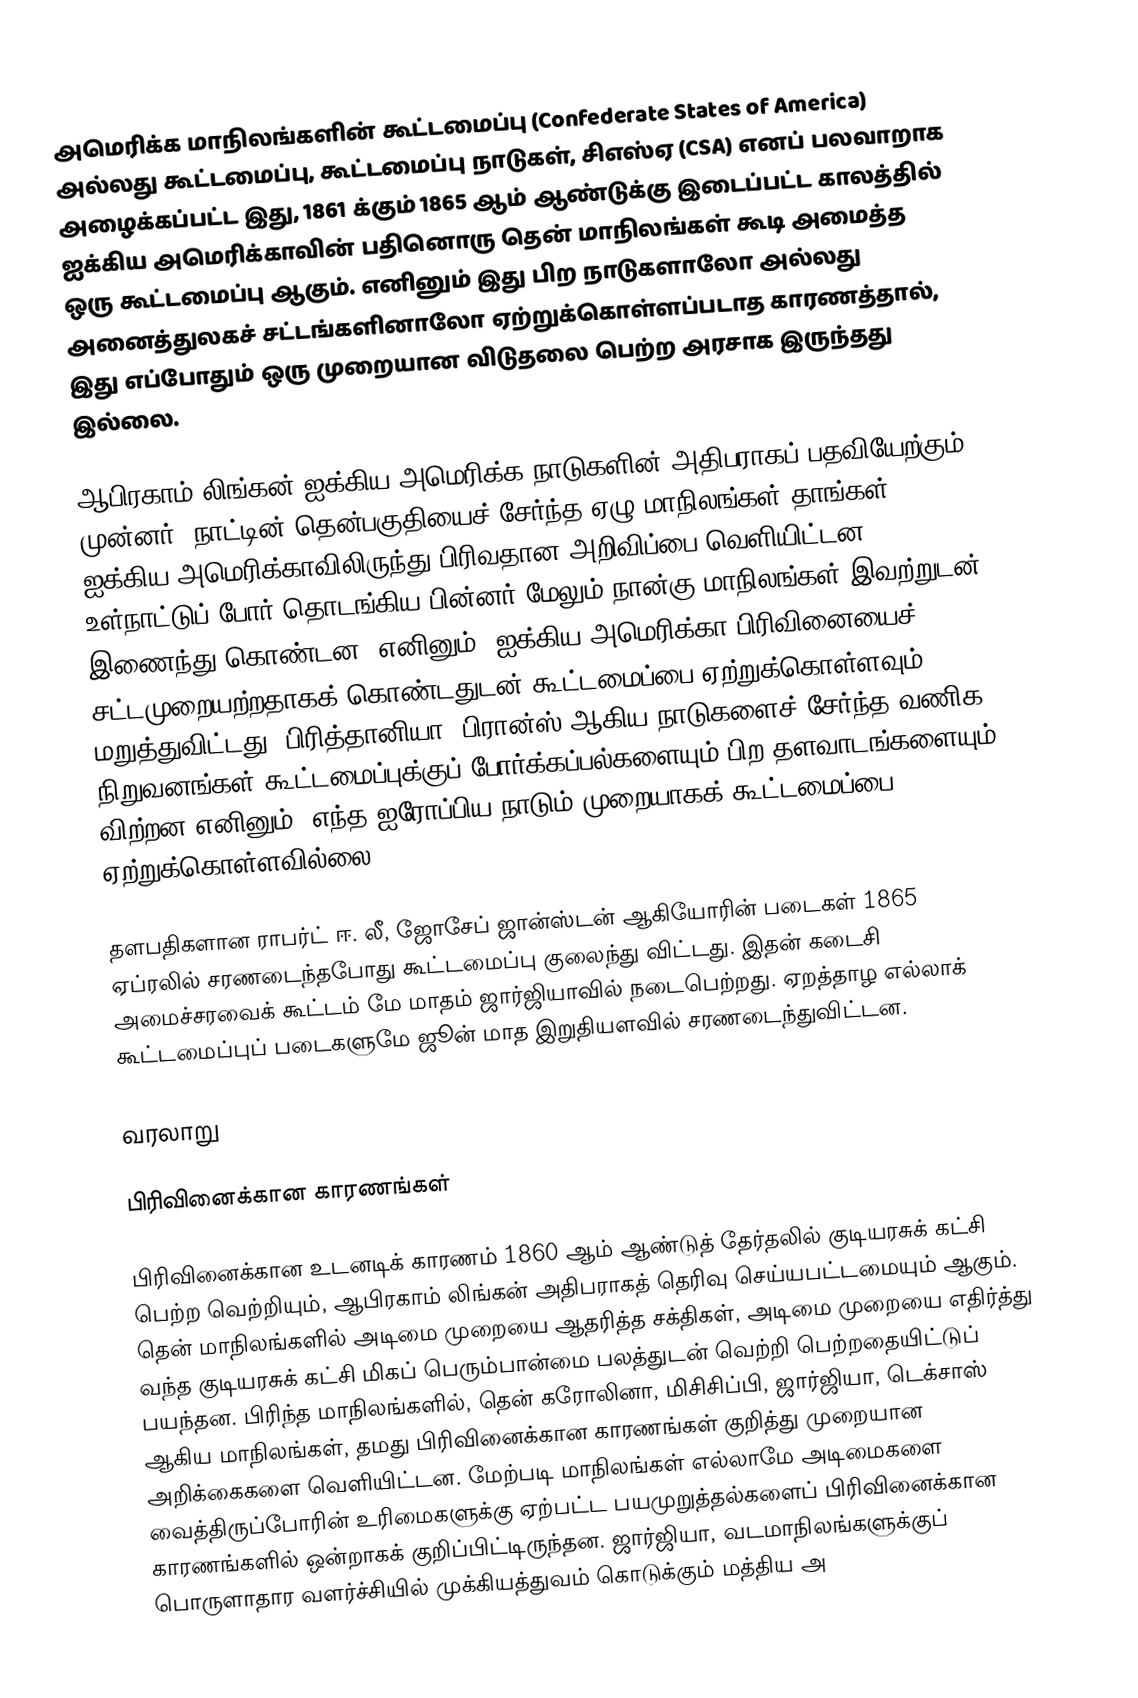
அமெரிக்க மாநிலங்களின் கூட்டமைப்பு (Confederate States of America) அல்லது கூட்டமைப்பு, கூட்டமைப்பு நாடுகள், சிஎஸ்ஏ (CSA) எனப் பலவாறாக அழைக்கப்பட்ட இது, 1861 க்கும் 1865 ஆம் ஆண்டுக்கு இடைப்பட்ட காலத்தில் ஐக்கிய அமெரிக்காவின் பதினொரு தென் மாநிலங்கள் கூடி அமைத்த ஒரு கூட்டமைப்பு ஆகும். எனினும் இது பிற நாடுகளாலோ அல்லது அனைத்துலகச் சட்டங்களினாலோ ஏற்றுக்கொள்ளப்படாத காரணத்தால், இது எப்போதும் ஒரு முறையான விடுதலை பெற்ற அரசாக இருந்தது இல்லை.

ஆபிரகாம் லிங்கன் ஐக்கிய அமெரிக்க நாடுகளின் அதிபராகப் பதவியேற்கும் முன்னர், நாட்டின் தென்பகுதியைச் சேர்ந்த ஏழு மாநிலங்கள் தாங்கள் ஐக்கிய அமெரிக்காவிலிருந்து பிரிவதான அறிவிப்பை வெளியிட்டன. உள்நாட்டுப் போர் தொடங்கிய பின்னர் மேலும் நான்கு மாநிலங்கள் இவற்றுடன் இணைந்து கொண்டன. எனினும், ஐக்கிய அமெரிக்கா பிரிவினையைச் சட்டமுறையற்றதாகக் கொண்டதுடன் கூட்டமைப்பை ஏற்றுக்கொள்ளவும் மறுத்துவிட்டது. பிரித்தானியா, பிரான்ஸ் ஆகிய நாடுகளைச் சேர்ந்த வணிக நிறுவனங்கள் கூட்டமைப்புக்குப் போர்க்கப்பல்களையும் பிற தளவாடங்களையும் விற்றன எனினும், எந்த ஐரோப்பிய நாடும் முறையாகக் கூட்டமைப்பை ஏற்றுக்கொள்ளவில்லை.

தளபதிகளான ராபர்ட் ஈ. லீ, ஜோசேப் ஜான்ஸ்டன் ஆகியோரின் படைகள் 1865 ஏப்ரலில் சரணடைந்தபோது கூட்டமைப்பு குலைந்து விட்டது. இதன் கடைசி அமைச்சரவைக் கூட்டம் மே மாதம் ஜார்ஜியாவில் நடைபெற்றது. ஏறத்தாழ எல்லாக் கூட்டமைப்புப் படைகளுமே ஜூன் மாத இறுதியளவில் சரணடைந்துவிட்டன.

வரலாறு

பிரிவினைக்கான காரணங்கள்

பிரிவினைக்கான உடனடிக் காரணம் 1860 ஆம் ஆண்டுத் தேர்தலில் குடியரசுக் கட்சி பெற்ற வெற்றியும், ஆபிரகாம் லிங்கன் அதிபராகத் தெரிவு செய்யபட்டமையும் ஆகும். தென் மாநிலங்களில் அடிமை முறையை ஆதரித்த சக்திகள், அடிமை முறையை எதிர்த்து வந்த குடியரசுக் கட்சி மிகப் பெரும்பான்மை பலத்துடன் வெற்றி பெற்றதையிட்டுப் பயந்தன. பிரிந்த மாநிலங்களில், தென் கரோலினா, மிசிசிப்பி, ஜார்ஜியா, டெக்சாஸ் ஆகிய மாநிலங்கள், தமது பிரிவினைக்கான காரணங்கள் குறித்து முறையான அறிக்கைகளை வெளியிட்டன. மேற்படி மாநிலங்கள் எல்லாமே அடிமைகளை வைத்திருப்போரின் உரிமைகளுக்கு ஏற்பட்ட பயமுறுத்தல்களைப் பிரிவினைக்கான காரணங்களில் ஒன்றாகக் குறிப்பிட்டிருந்தன. ஜார்ஜியா, வடமாநிலங்களுக்குப் பொருளாதார வளர்ச்சியில் முக்கியத்துவம் கொடுக்கும் மத்திய அ